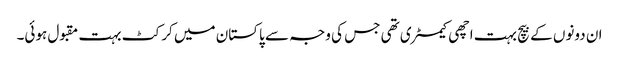
ان دونوں کے بیچ بہت اچھی کیمسٹری تھی جس کی وجہ سے پاکستان میں کرکٹ بہت مقبول ہوئی۔